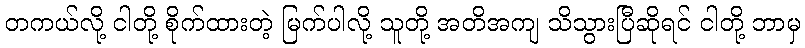
တကယ်လို့ ငါတို့ စိုက်ထားတဲ့ မြက်ပါလို့ သူတို့ အတိအကျ သိသွားပြီဆိုရင် ငါတို့ ဘာမှ